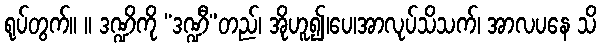
ရုပ်တွက်။ ။ ဒဏ္ဍိကို “ဒဏ္ဍီ”တည်၊ အိုဟူ၍၊ပေ၊အာလုပ်သိသက်၊ အာလပနေ သိ